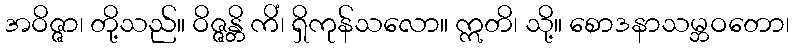
အဝိဇ္ဇာ၊ တို့သည်။ ဝိဇ္ဇန္တိ ကိံ၊ ရှိကုန်သလော။ ဣတိ၊ သို့။ စောဒနာသမ္ဘဝတော၊